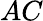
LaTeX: AC